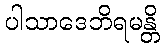
ပါသာဒေဘိရမန္တိ